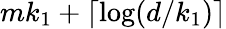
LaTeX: mk_{1}+\lceil\log(d/k_{1})\rceil